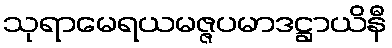
သုရာမေရယမဇ္ဇပမာဒဋ္ဌာယိနီ